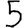
Digit: 5